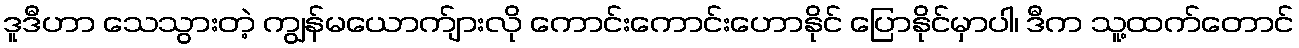
ဒူဒီဟာ သေသွားတဲ့ ကျွန်မယောက်ျားလို ကောင်းကောင်းဟောနိုင် ပြောနိုင်မှာပါ၊ ဒီက သူ့ထက်တောင်